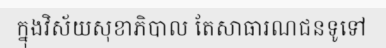
ក្នុងវិស័យសុខាភិបាល តែសាធារណជនទូទៅ